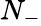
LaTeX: N_{-}